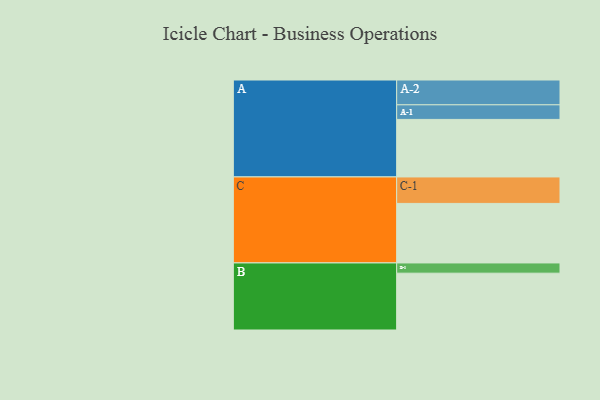
{"axis": {"x": "Segment", "y": "Value"}, "legend": ["", "A", "B", "C"], "data": [{"x": "A", "y": 489, "type": ""}, {"x": "B", "y": 483, "type": ""}, {"x": "C", "y": 506, "type": ""}, {"x": "A-1", "y": 124, "type": "A"}, {"x": "A-2", "y": 211, "type": "A"}, {"x": "B-1", "y": 87, "type": "B"}, {"x": "C-1", "y": 225, "type": "C"}]}